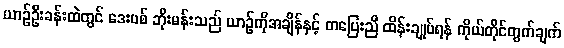
ယာဉ်ဦးခန်းထဲတွင် ဒေးဗစ် ဘိုးမန်းသည် ယာဉ်ကိုအချိန်နှင့် တပြေးညီ ထိန်းချုပ်ရန် ကိုယ်တိုင်တွက်ချက်